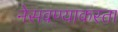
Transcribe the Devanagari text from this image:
नेसवण्याकरता